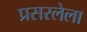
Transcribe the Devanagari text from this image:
प्रसरलेला